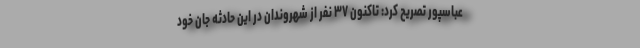
عباسپور تصریح کرد: تاکنون ‌۳۷ نفر از شهروندان در این حادثه جان خود